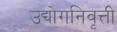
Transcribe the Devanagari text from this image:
उद्योगनिवृत्ती